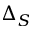
\Delta _ { S }